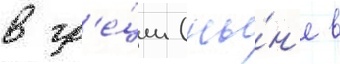
в гр'е́ции (ны́н'е в